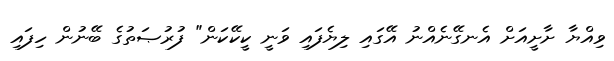
ވިއްޔާ ށާށީއަށް އެނގޭނެއްނު އޭގައި ލިޔެފައި ވަނީ ކީކޭކަން" ފުރުޞަތުގެ ބޭނުން ހިފައި